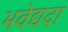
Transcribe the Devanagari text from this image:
भवेद्यदा